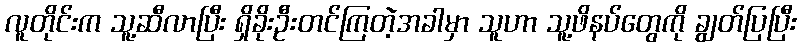
လူတိုင်းက သူ့ဆီလာပြီး ရှိခိုးဦးတင်ကြတဲ့အခါမှာ သူဟာ သူ့ဖိနပ်တွေကို ချွတ်ပြပြီး